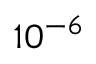
1 0 ^ { - 6 }